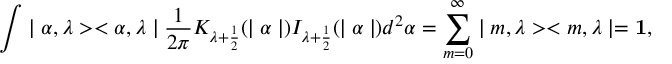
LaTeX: \int \mid \alpha , \lambda > < \alpha , \lambda \mid { \frac { 1 } { 2 \pi } } K _ { \lambda + \frac { 1 } { 2 } } ( \mid \alpha \mid ) I _ { \lambda + \frac { 1 } { 2 } } ( \mid \alpha \mid ) d ^ { 2 } \alpha = \sum _ { m = 0 } ^ { \infty } \mid m , \lambda > < m , \lambda \mid = { \bf 1 } ,